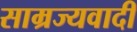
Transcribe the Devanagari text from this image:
साम्रज्यवादी